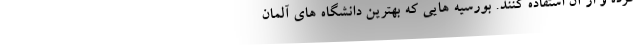
کرده و از آن استفاده کنند. بورسیه هایی که بهترین دانشگاه های آلمان